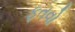
ફતવો